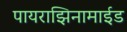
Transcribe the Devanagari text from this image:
पायराझिनामाईड